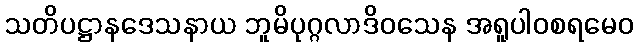
သတိပဋ္ဌာနဒေသနာယ ဘူမိပုဂ္ဂလာဒိဝသေန အရူပါဝစရမေဝ